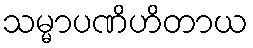
သမ္မာပဏိဟိတာယ